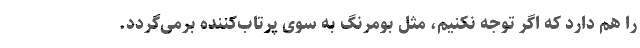
را هم دارد كه اگر توجه نكنیم، مثل بومرنگ به سوی پرتاب‌كننده برمی‌گردد.